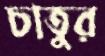
চাতুর